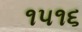
૧૫૧૬